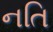
નતિ